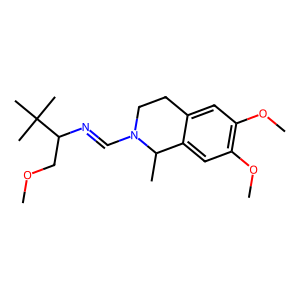
SMILES: COCC(N=CN1CCc2cc(OC)c(OC)cc2C1C)C(C)(C)C
Inhibits HIV replication: No